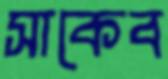
সাকেব